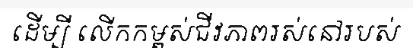
ដើម្បី លើកកម្ពស់ជីវភាពរស់នៅរបស់